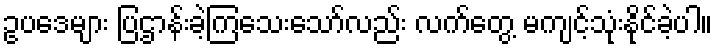
ဥပဒေများ ပြဌာန်းခဲ့ကြသေးသော်လည်း လက်တွေ့ မကျင့်သုံးနိုင်ခဲ့ပါ။